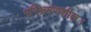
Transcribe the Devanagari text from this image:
परिभ्रमणशील।